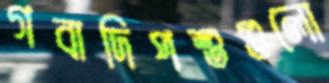
গবাদিপশুগুলো